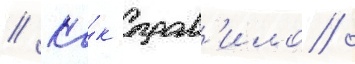
// Ка́к прав'ило /